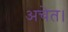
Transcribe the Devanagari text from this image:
अचेत।